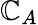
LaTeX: \mathbb{C}_{A}